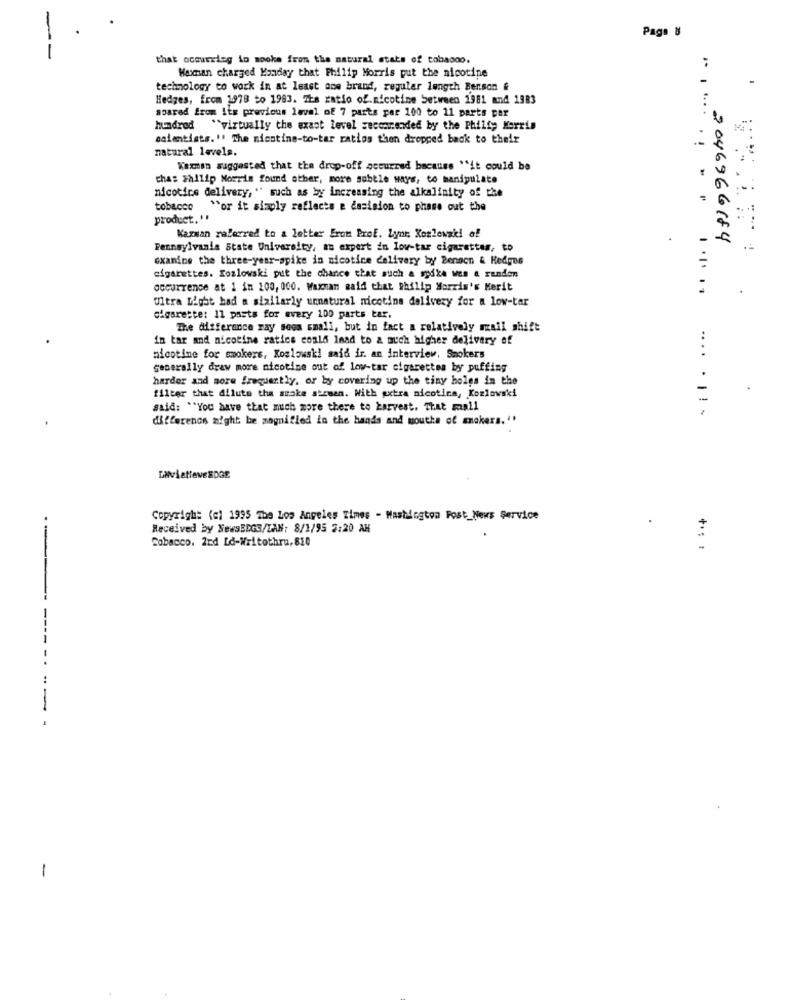
Pago 8
that occurring in sooke from the natural stats of tobacco.
Waxman charged Kanday that Philip Morris put the nicotine
technology to work in at least one brand, regular length Berson &
Hedges, from 1978 to 1983. The ratio of.nicotine between 1981 and 1983
soared from its previous level of 7 parts per 100 to 11 parts per
hundred "virtually the exact level zeccarended by the Philly Morris
scientists." The nicotine-to-tar ratios then dropped back to their
natural levels.
Kaman suggested that the drop-off occurred bacause "it could be
chas philip Morris found other, more subtle ways, to manipulate
... .
nicotine delivery, " such as by increasing the alkalinity of the
tobacco "or it simply reflects e decision to phane out the
product. "
Karwan zalerred to a letter From Prof. Lynr. Korlewaki of
Pennsylvania State University, an expert in lov-tar cigarettes, to
"1. 2046966184
examine the three-year-spike in micotice delivery by Benson & Hedges
cigarettes. Kozlowski put the chance that such a sydke wes & runden
occurrence at 1 in 100, 000. Waxman said that philip Morris's Merit
Ultra Light had a similarly unnatural nicotina delivery for a low-tar
cigarette: 11 pasts for every 100 parts tar.
The difference zay soon smali, but in fact a relatively mail shift
in tar and nicotine ratics could lead to a much higher delivery of
nicotine for smokers, Koslowski said ir. an interview. Smokers
Generally draw more nicotine out of low-tar cigarettes by puffing
harder and more frequently, or by covering up the tiny holes in the
filter that dilute the smoke screen. With axtra nicotica, Kozlowski
said: "You have that much more there to harvest, That mall
difference might be magnified in the hands and mouths of mnakers. "'
.... . | !-
LAvietieveEDGE
Copyright (c) 1995 The Los Angeles Times - Washington Post_News Service
.
Received by NewsEDGS/LAN: 8/1/95 5:20 AM
Tobacco. 2nd [d-Writothru, 810
--
-